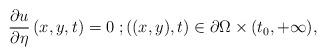
LaTeX: \begin{align*}\frac{\partial u}{\partial \eta }\left( x,y,t\right) =0\;;((x,y),t)\in\partial \Omega \times (t_{0},+\infty ), \end{align*}